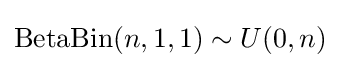
\mathrm {BetaBin} (n,1,1)\sim U(0,n)